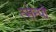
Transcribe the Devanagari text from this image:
त्सेन्पो